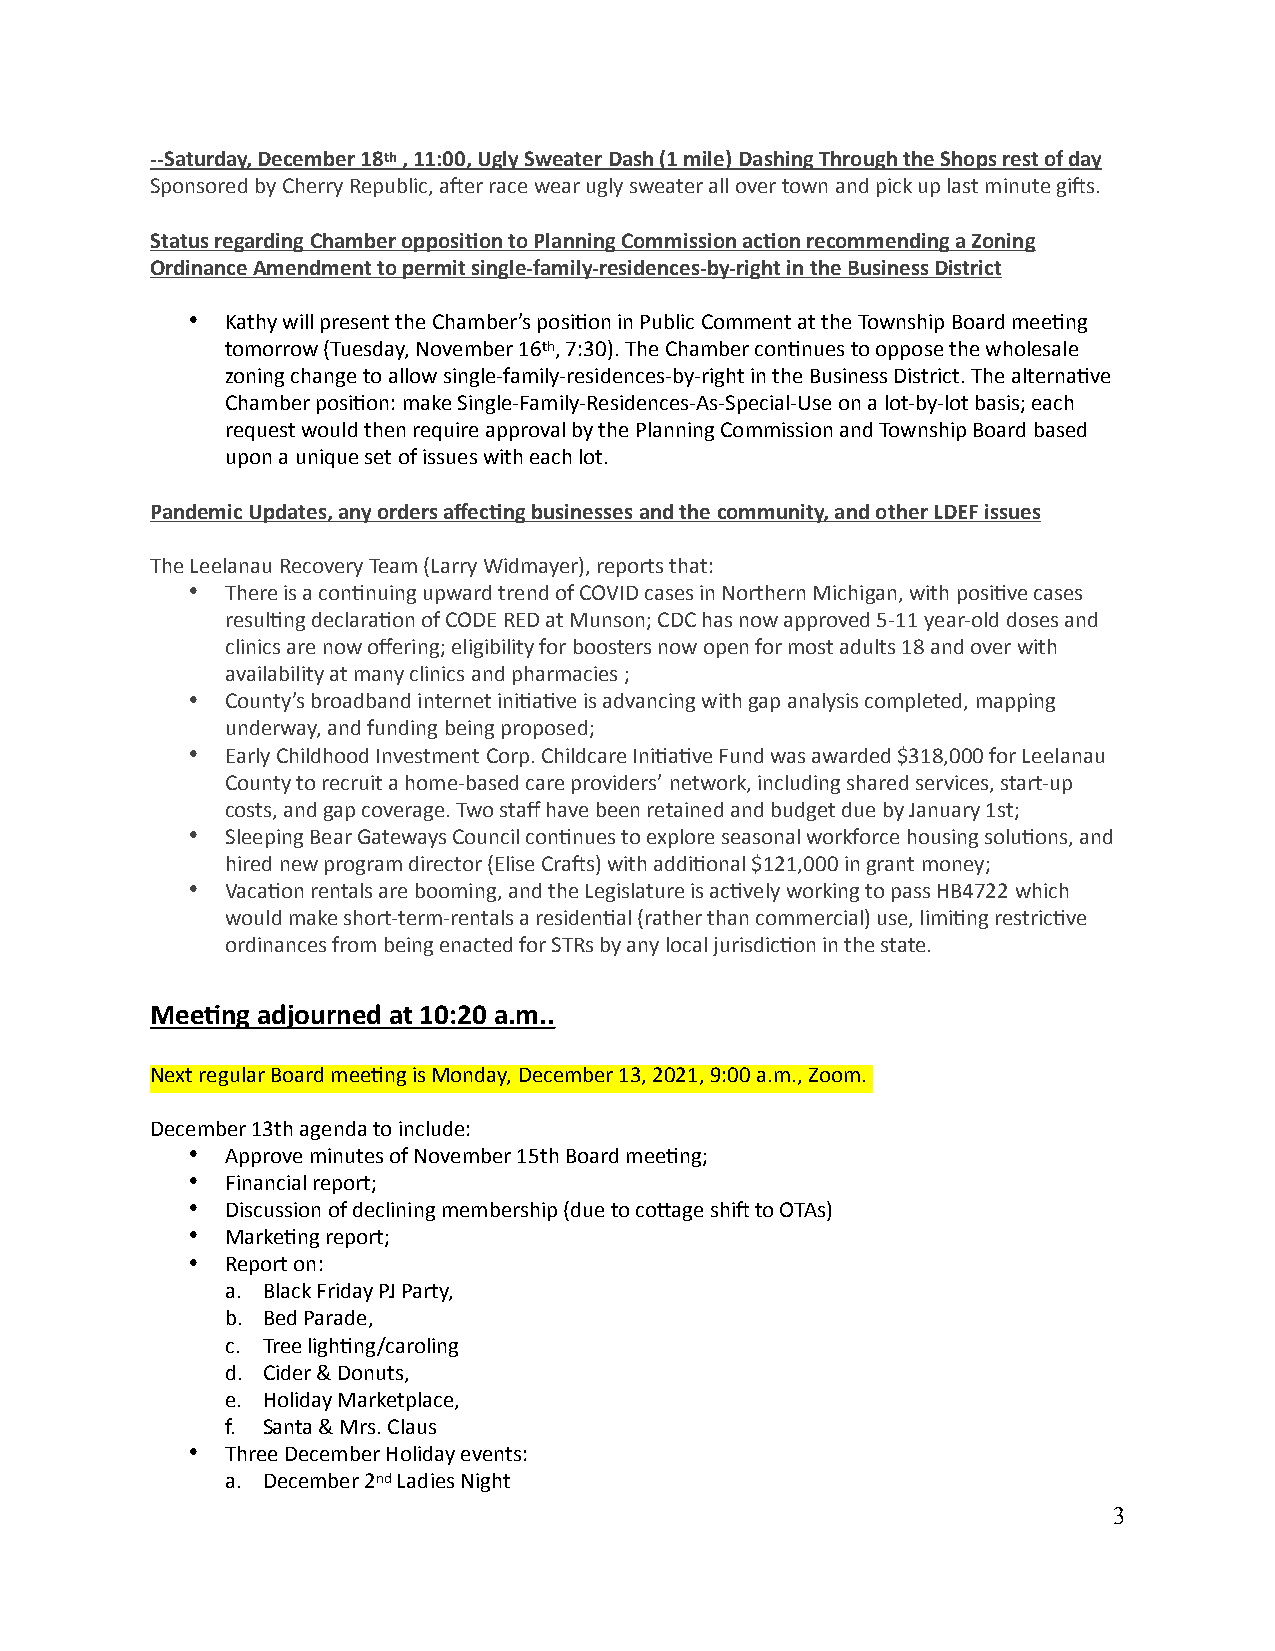
--Saturday, December 18th , 11:00, Ugly Sweater Dash (1 mile) Dashing Through the Shops rest of day
 Sponsored by Cherry Republic, aUer race wear ugly sweater all over town and pick up last minute giUs.
 Status regarding Chamber opposi0on to Planning Commission ac0on recommending a Zoning
 Ordinance Amendment to permit single-family-residences-by-right in the Business District
 •  Kathy will present the Chamber’s posiQon in Public Comment at the Township Board meeQng
 tomorrow (Tuesday, November 16th, 7:30). The Chamber conQnues to oppose the wholesale
 zoning change to allow single-family-residences-by-right in the Business District. The alternaQve
 Chamber posiQon: make Single-Family-Residences-As-Special-Use on a lot-by-lot basis; each
 request would then require approval by the Planning Commission and Township Board based
 upon a unique set of issues with each lot.
 Pandemic Updates, any orders affec0ng businesses and the community, and other LDEF issues
 The Leelanau Recovery Team (Larry Widmayer), reports that:
 •  There is a conQnuing upward trend of COVID cases in Northern Michigan, with posiQve cases
 resulQng declaraQon of CODE RED at Munson; CDC has now approved 5-11 year-old doses and
 clinics are now offering; eligibility for boosters now open for most adults 18 and over with
 availability at many clinics and pharmacies ;
 •  County’s broadband internet iniQaQve is advancing with gap analysis completed, mapping
 underway, and funding being proposed;
 •  Early Childhood Investment Corp. Childcare IniQaQve Fund was awarded $318,000 for Leelanau
 County to recruit a home-based care providers’ network, including shared services, start-up
 costs, and gap coverage. Two staff have been retained and budget due by January 1st;
 •  Sleeping Bear Gateways Council conQnues to explore seasonal workforce housing soluQons, and
 hired new program director (Elise CraUs) with addiQonal $121,000 in grant money;
 •  VacaQon rentals are booming, and the Legislature is acQvely working to pass HB4722 which
 would make short-term-rentals a residenQal (rather than commercial) use, limiQng restricQve
 ordinances from being enacted for STRs by any local jurisdicQon in the state.
 Mee0ng adjourned at 10:20 a.m..
 Next regular Board meeQng is Monday, December 13, 2021, 9:00 a.m., Zoom.
 December 13th agenda to include:
 •  Approve minutes of November 15th Board meeQng;
 •  Financial report;
 •  Discussion of declining membership (due to cosage shiU to OTAs)
 •  MarkeQng report;
 •  Report on:
 a. Black Friday PJ Party,
 b. Bed Parade,
 c. Tree lighQng/caroling
 d. Cider & Donuts,
 e. Holiday Marketplace,
 f. Santa & Mrs. Claus
 •  Three December Holiday events:
 a. December 2nd Ladies Night
 3